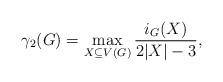
LaTeX: \begin{align*}\gamma_2(G)=\max_{X\subseteq V(G)} \frac{i_G(X)}{2|X|-3},\end{align*}